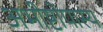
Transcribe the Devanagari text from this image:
अभीष्टोपास्य